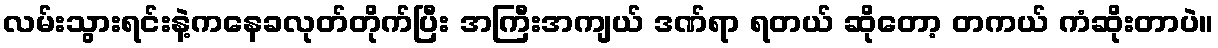
လမ်းသွားရင်းနဲ့ကနေခလုတ်တိုက်ပြီး အကြီးအကျယ် ဒဏ်ရာ ရတယ် ဆိုတော့ တကယ် ကံဆိုးတာပဲ။